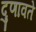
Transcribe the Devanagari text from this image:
दुणावते